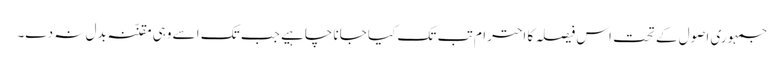
جمہوری اصول کے تحت اس فیصلہ کا احترام تب تک کیا جانا چاہیے جب تک اسے وہی مقنّنہ بدل نہ دے۔